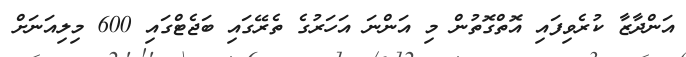
އަންދާޒާ ކުރެވިފައި އޮތްގޮތުން މި އަންނަ އަހަރުގެ ތެރޭގައި ބަޖެޓްގައި 600 މިލިއަނަށް